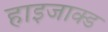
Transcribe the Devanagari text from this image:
हाइजाक्ड